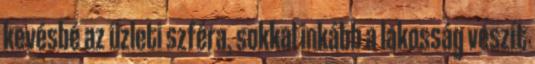
kevésbé az üzleti szféra, sokkal inkább a lakosság veszít